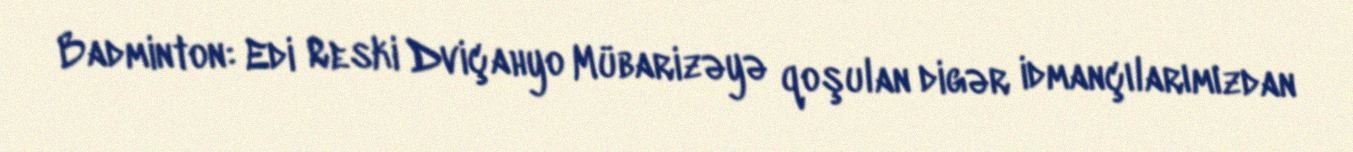
Badminton: Edi Reski Dviçahyo Mübarizəyə qoşulan digər idmançılarımızdan